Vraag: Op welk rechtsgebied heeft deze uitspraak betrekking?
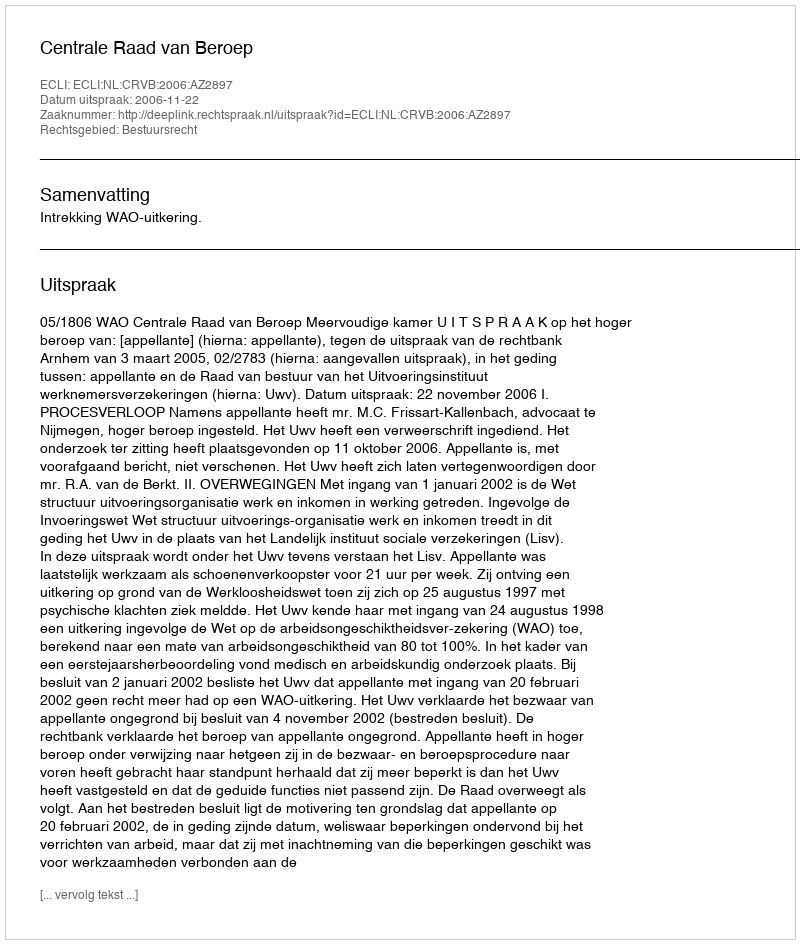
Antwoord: Bestuursrecht